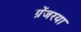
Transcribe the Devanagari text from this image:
ग्रेंजरया